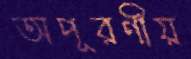
অপূরণীয়